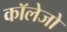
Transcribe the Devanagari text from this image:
काॅलेजो